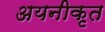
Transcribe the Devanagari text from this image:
अयनीकृत